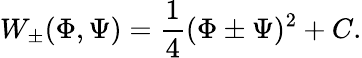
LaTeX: W_{\pm}(\Phi,\Psi)=\frac{1}{4}(\Phi\pm\Psi)^{2}+C.